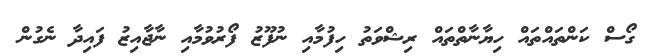
ގޯސް ކަންތައްތައް ހިޔާނާތްތައް ރިޝްވަތު ހިފުމާއި ނުފޫޒު ފޯރުވުމާއި ނާޖާއިޒު ފައިދާ ނެގުން